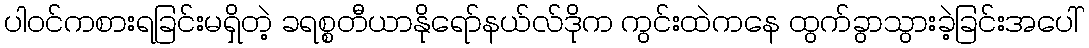
ပါဝင်ကစားရခြင်းမရှိတဲ့ ခရစ္စတီယာနိုရော်နယ်လ်ဒိုက ကွင်းထဲကနေ ထွက်ခွာသွားခဲ့ခြင်းအပေါ်